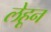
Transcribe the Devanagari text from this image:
लेहून